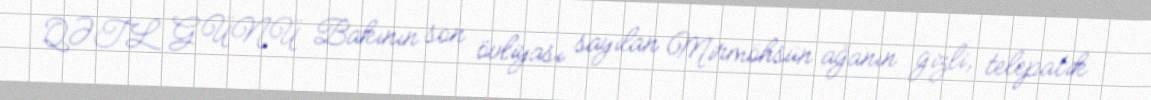
QƏTL GÜNÜ Bakının son övliyası sayılan Mirmöhsün ağanın gizli, telepatik